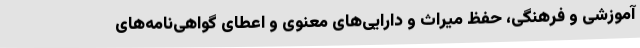
آموزشی و فرهنگی، حفظ میراث و دارایی‌های معنوی و اعطای گواهی‌نامه‌های